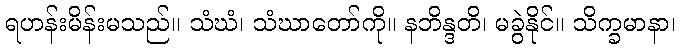
ရဟန်းမိန်းမသည်။ သံဃံ၊ သံဃာတော်ကို။ နဘိန္ဒတိ၊ မခွဲနိုင်။ သိက္ခမာနာ၊